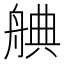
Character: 𮎒